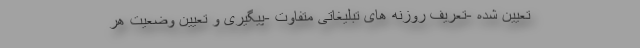
تعیین شده -تعریف روزنه های تبلیغاتی متفاوت -پیگیری و تعیین وضعیت هر